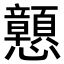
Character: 𢥹